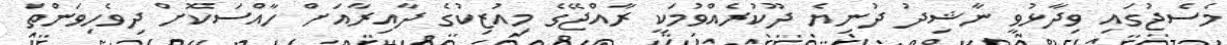
މެސެޖުގައި ވިދާޅުވީ ނާޝިދު ދުނިޔެ ދޫކުރެއްވުމަކީ ރާއްޖޭގެ މިއުޒިކުގެ ދާއިރާއަށް ހާއްސަކޮށް ދިވެހިވަންތަ